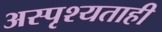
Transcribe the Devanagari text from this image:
अस्पृश्यताही